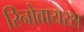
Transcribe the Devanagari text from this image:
रिनोवायरस